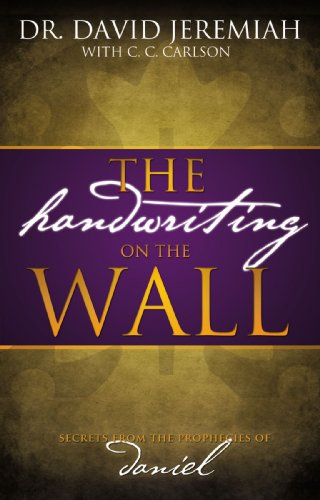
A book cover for The Handwriting On The Wall: Secrets From The Prophecies Of Daniel; Dr. David Jeremiah; Christian Books & Bibles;